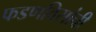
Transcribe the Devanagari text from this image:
फडणविसांची